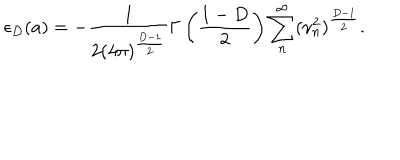
\epsilon _ { D } ( a ) = - \frac { 1 } { 2 ( 4 \pi ) ^ { \frac { D - 1 } { 2 } } } \Gamma \left( \frac { 1 - D } { 2 } \right) \sum _ { n } ^ { \infty } ( \nu _ { n } ^ { 2 } ) ^ { \frac { D - 1 } { 2 } } .